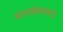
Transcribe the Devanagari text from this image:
मंगळेश्वराचे